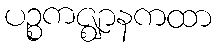
ပဉ္စကဇ္ဈာနကထာ